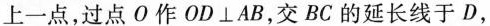
上一点，过点O作$$OD\bot AB$$，交BC的延长线于D，